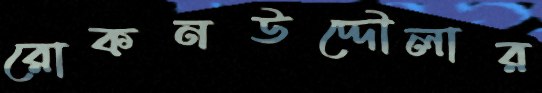
রোকনউদ্দৌলার